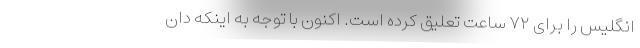
انگلیس را برای ۷۲ ساعت تعلیق کرده است. اکنون با توجه به اینکه دان